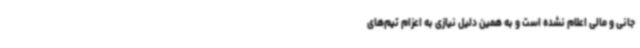
جانی و مالی اعلام نشده است و به همین دلیل نیازی به اعزام تیم‌های